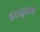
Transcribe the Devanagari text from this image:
हरसूलला